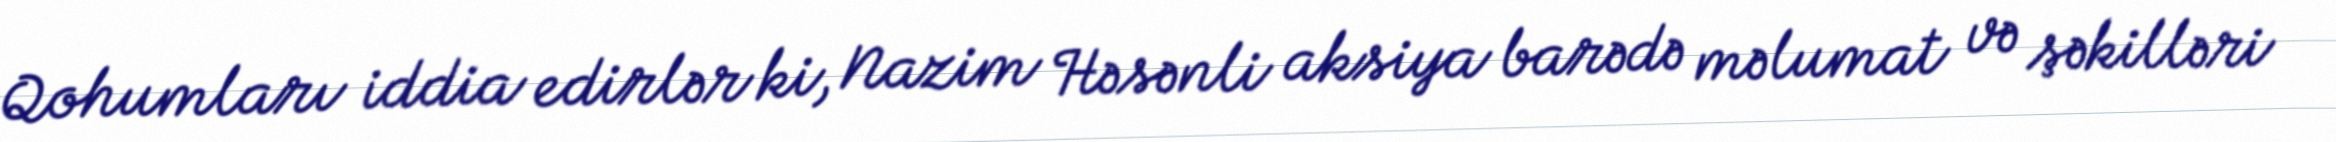
Qohumları iddia edirlər ki, Nazim Həsənli aksiya barədə məlumat və şəkilləri